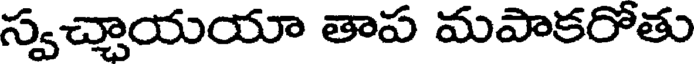
స్వచ్చాయయా తాప మపాకరోతు